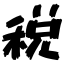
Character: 税